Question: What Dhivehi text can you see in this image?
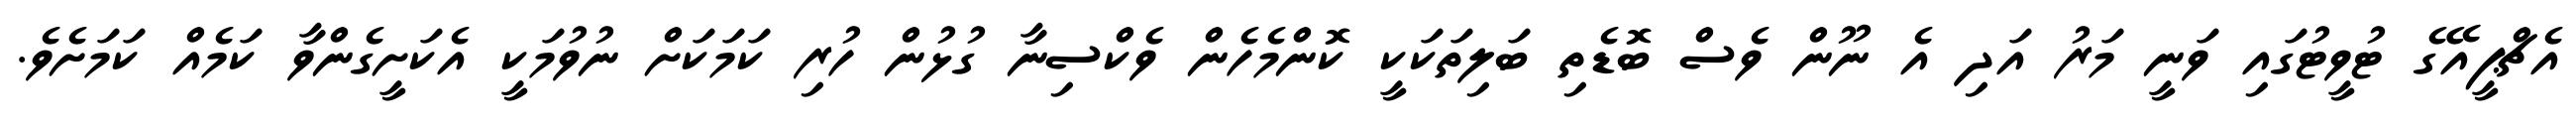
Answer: އެޗްޕީއޭގެ ޓުވީޓުގައި ވަނީ މަރު އަދި އެ ނޫން ވެސް ބޮޑެތި ބަލިތަކަކީ ކޮންމެހެން ވެކްސިނާ ގުޅުން ހުރި ކަމަކަށް ނުވުމަކީ އެކަށީގެންވާ ކަމެއް ކަމަށެވެ.